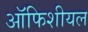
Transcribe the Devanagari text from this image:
ऑफिशीयल